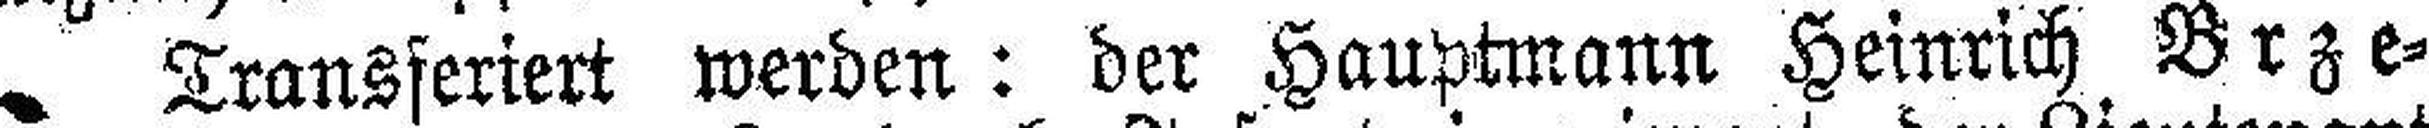
Transferiert werden: der Hauptmann Heinrich Brze¬